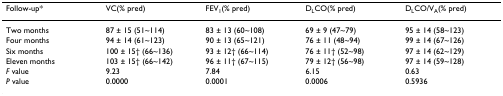
<table><thead><tr><td><b>Follow-up*</b></td><td><b>VC(% pred)</b></td><td><b>FEV<sub>1</sub>(% pred)</b></td><td><b>D<sub>L</sub>CO(% pred)</b></td><td><b>D<sub>L</sub>CO/V<sub>A</sub>(% pred)</b></td></tr></thead><tbody><tr><td>Two months</td><td>87 ± 15 (51~114)</td><td>83 ± 13 (60~108)</td><td>69 ± 9 (47~79)</td><td>95 ± 14 (58~123)</td></tr><tr><td>Four months</td><td>94 ± 14 (61~123)</td><td>90 ± 13 (65~121)</td><td>76 ± 11 (48~94)</td><td>99 ± 14 (67~126)</td></tr><tr><td>Six months</td><td>100 ± 15† (66~136)</td><td>93 ± 12† (66~114)</td><td>76 ± 11† (52~98)</td><td>97 ± 14 (62~129)</td></tr><tr><td>Eleven months</td><td>103 ± 15† (66~142)</td><td>96 ± 11† (67~115)</td><td>79 ± 12† (56~98)</td><td>97 ± 14 (59~128)</td></tr><tr><td><i>F </i>value</td><td>9.23</td><td>7.84</td><td>6.15</td><td>0.63</td></tr><tr><td><i>P </i>value</td><td>0.0000</td><td>0.0001</td><td>0.0006</td><td>0.5936</td></tr></tbody></table>